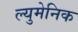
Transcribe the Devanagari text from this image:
ल्युमेनिक